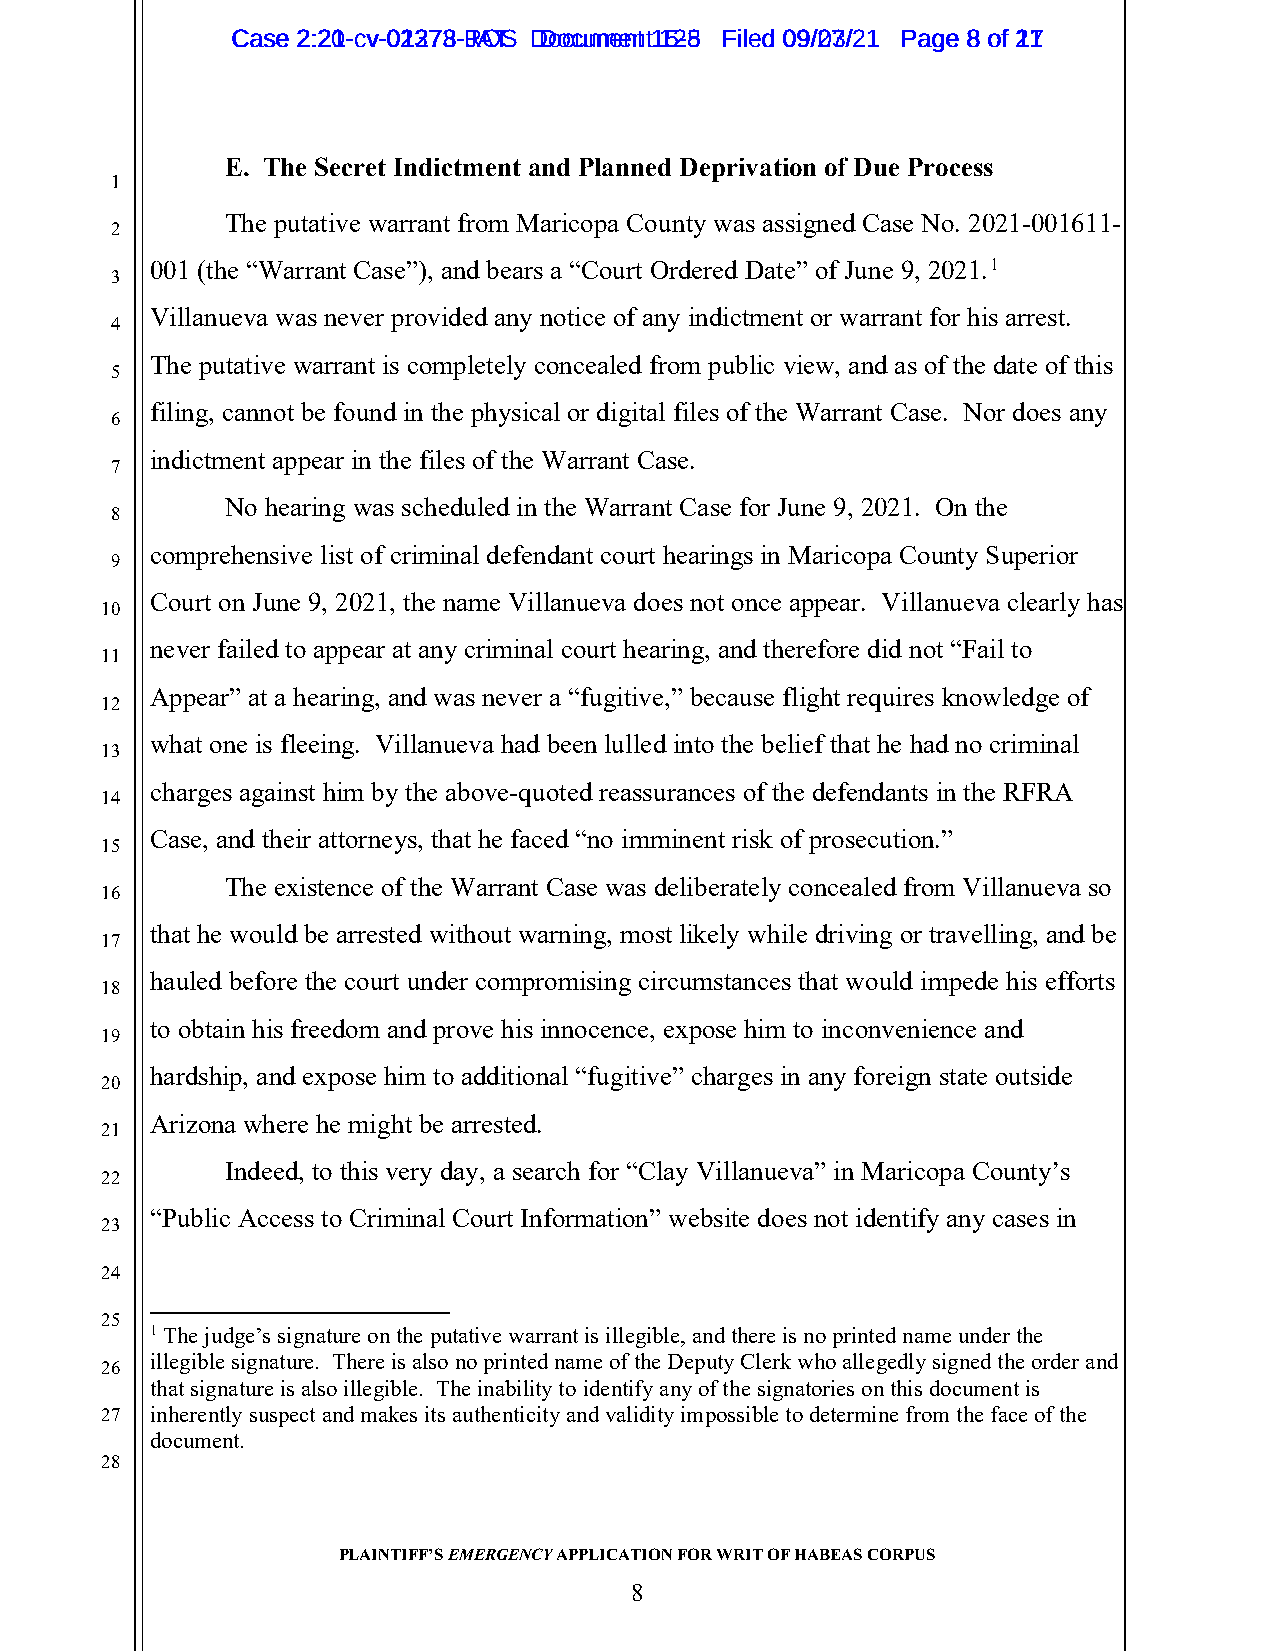
CCaassee 22::2201--ccvv--0021327738--RJAOTS D Dooccuummeennt t1 152-85 FFiilleedd 0099//2073//2211 PPaaggee 88 ooff 2117
 E. The Secret Indictment and Planned Deprivation of Due Process
 1
 The putative warrant from Maricopa County was assigned Case No. 2021-001611-
 2
 001 (the “Warrant Case”), and bears a “Court Ordered Date” of June 9, 2021.1
 3
 Villanueva was never provided any notice of any indictment or warrant for his arrest.
 4
 The putative warrant is completely concealed from public view, and as of the date of this
 5
 filing, cannot be found in the physical or digital files of the Warrant Case. Nor does any
 6
 indictment appear in the files of the Warrant Case.
 7
 No hearing was scheduled in the Warrant Case for June 9, 2021. On the
 8
 comprehensive list of criminal defendant court hearings in Maricopa County Superior
 9
 Court on June 9, 2021, the name Villanueva does not once appear. Villanueva clearly has
 10
 never failed to appear at any criminal court hearing, and therefore did not “Fail to
 11
 Appear” at a hearing, and was never a “fugitive,” because flight requires knowledge of
 12
 what one is fleeing. Villanueva had been lulled into the belief that he had no criminal
 13
 charges against him by the above-quoted reassurances of the defendants in the RFRA
 14
 Case, and their attorneys, that he faced “no imminent risk of prosecution.”
 15
 The existence of the Warrant Case was deliberately concealed from Villanueva so
 16
 that he would be arrested without warning, most likely while driving or travelling, and be
 17
 hauled before the court under compromising circumstances that would impede his efforts
 18
 to obtain his freedom and prove his innocence, expose him to inconvenience and
 19
 hardship, and expose him to additional “fugitive” charges in any foreign state outside
 20
 Arizona where he might be arrested.
 21
 Indeed, to this very day, a search for “Clay Villanueva” in Maricopa County’s
 22
 “Public Access to Criminal Court Information” website does not identify any cases in
 23
 24
 25
 1 The judge’s signature on the putative warrant is illegible, and there is no printed name under the
 illegible signature. There is also no printed name of the Deputy Clerk who allegedly signed the order and
 26
 that signature is also illegible. The inability to identify any of the signatories on this document is
 27 inherently suspect and makes its authenticity and validity impossible to determine from the face of the
 document.
 28
 PLAINTIFF’S EMERGENCY APPLICATION FOR WRIT OF HABEAS CORPUS
 8